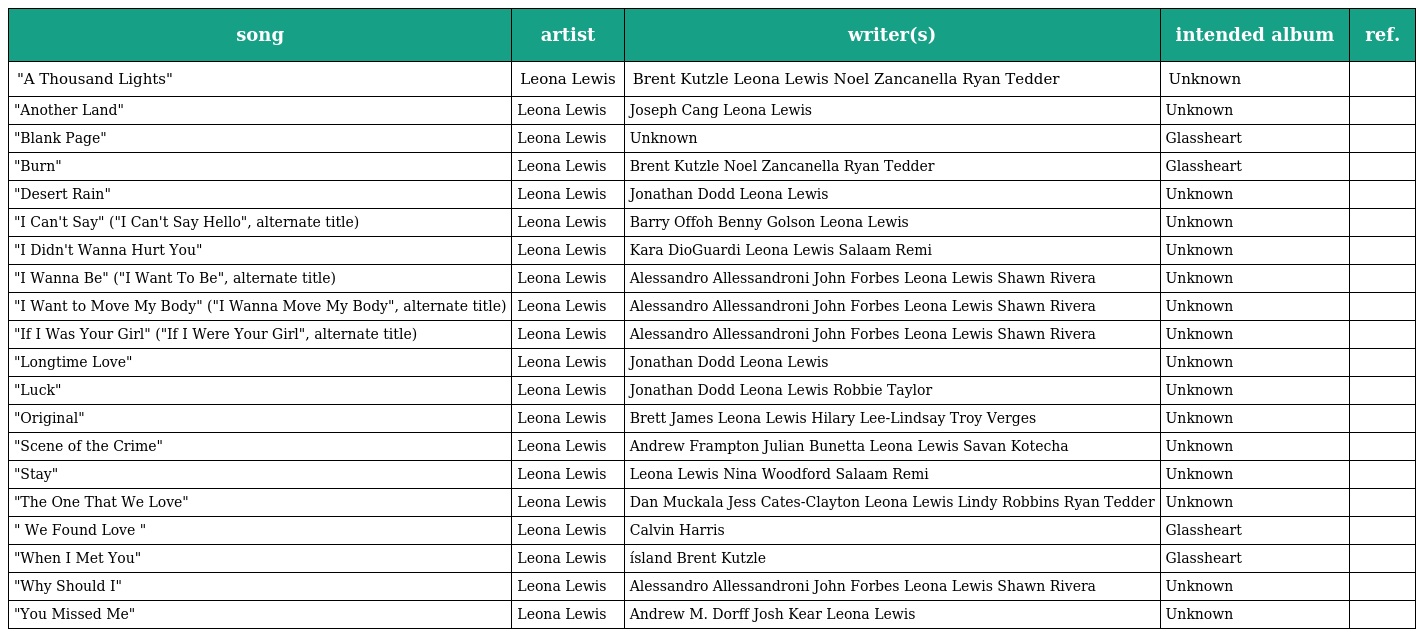
| song | artist | writer(s) | intended album | ref. |
 | --- | --- | --- | --- | --- |
 | "A Thousand Lights" | Leona Lewis | Brent Kutzle Leona Lewis Noel Zancanella Ryan Tedder | Unknown |  |
 | "Another Land" | Leona Lewis | Joseph Cang Leona Lewis | Unknown |  |
 | "Blank Page" | Leona Lewis | Unknown | Glassheart |  |
 | "Burn" | Leona Lewis | Brent Kutzle Noel Zancanella Ryan Tedder | Glassheart |  |
 | "Desert Rain" | Leona Lewis | Jonathan Dodd Leona Lewis | Unknown |  |
 | "I Can't Say" ("I Can't Say Hello", alternate title) | Leona Lewis | Barry Offoh Benny Golson Leona Lewis | Unknown |  |
 | "I Didn't Wanna Hurt You" | Leona Lewis | Kara DioGuardi Leona Lewis Salaam Remi | Unknown |  |
 | "I Wanna Be" ("I Want To Be", alternate title) | Leona Lewis | Alessandro Allessandroni John Forbes Leona Lewis Shawn Rivera | Unknown |  |
 | "I Want to Move My Body" ("I Wanna Move My Body", alternate title) | Leona Lewis | Alessandro Allessandroni John Forbes Leona Lewis Shawn Rivera | Unknown |  |
 | "If I Was Your Girl" ("If I Were Your Girl", alternate title) | Leona Lewis | Alessandro Allessandroni John Forbes Leona Lewis Shawn Rivera | Unknown |  |
 | "Longtime Love" | Leona Lewis | Jonathan Dodd Leona Lewis | Unknown |  |
 | "Luck" | Leona Lewis | Jonathan Dodd Leona Lewis Robbie Taylor | Unknown |  |
 | "Original" | Leona Lewis | Brett James Leona Lewis Hilary Lee-Lindsay Troy Verges | Unknown |  |
 | "Scene of the Crime" | Leona Lewis | Andrew Frampton Julian Bunetta Leona Lewis Savan Kotecha | Unknown |  |
 | "Stay" | Leona Lewis | Leona Lewis Nina Woodford Salaam Remi | Unknown |  |
 | "The One That We Love" | Leona Lewis | Dan Muckala Jess Cates-Clayton Leona Lewis Lindy Robbins Ryan Tedder | Unknown |  |
 | " We Found Love " | Leona Lewis | Calvin Harris | Glassheart |  |
 | "When I Met You" | Leona Lewis | ísland Brent Kutzle | Glassheart |  |
 | "Why Should I" | Leona Lewis | Alessandro Allessandroni John Forbes Leona Lewis Shawn Rivera | Unknown |  |
 | "You Missed Me" | Leona Lewis | Andrew M. Dorff Josh Kear Leona Lewis | Unknown |  |